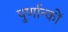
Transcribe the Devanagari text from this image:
पुर्णान्कों